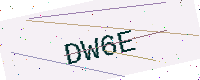
Text: DW6E